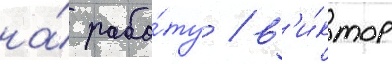
на́ рабо́ту / в'и́ктор